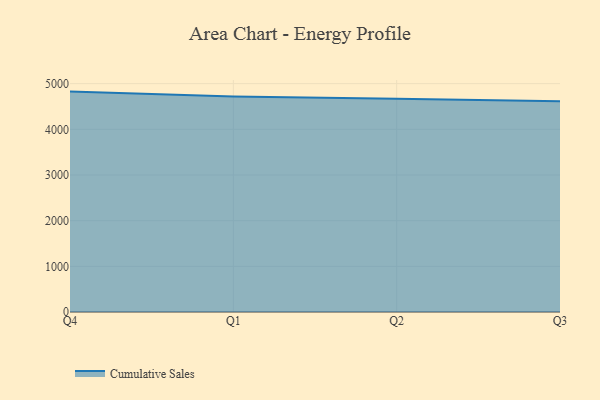
{"axis": {"x": "Quarter", "y": "Website Visitors"}, "legend": ["Cumulative Sales"], "data": [{"x": "Q4", "y": 4825.9, "type": "Cumulative Sales"}, {"x": "Q1", "y": 4720.8, "type": "Cumulative Sales"}, {"x": "Q2", "y": 4669.3, "type": "Cumulative Sales"}, {"x": "Q3", "y": 4614.9, "type": "Cumulative Sales"}]}